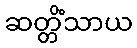
ဆတ္တိံသာယ